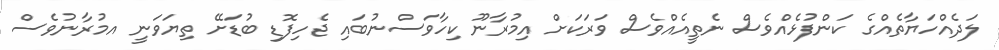
ލަދެއްހަޔާތެއްގެ ކަންފުޅެއްވެސް ނެތީއެއްވެސް ވަރަކަށް އިމުރާނޫ ކިހާވަސްނުބައި ޖެހިފޮޑި ބުޑަށޭ ތިޔަވަނީ އމުރާނުވެސް